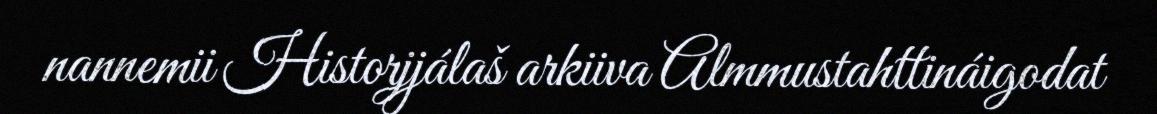
nannemii Historjjálaš arkiiva Almmustahttináigodat